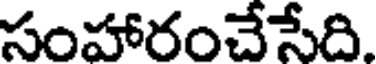
సంహారంచేసేది.